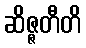
ဆိဇ္ဇတီတိ